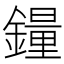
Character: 𫓉